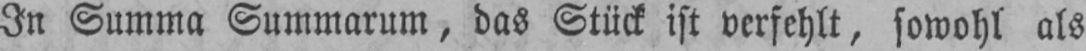
In Summa Summarum, das Stück ist verfehlt, sowohl als